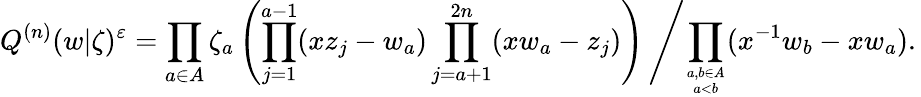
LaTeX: Q^{(n)}(w|\zeta)^{\varepsilon}=\prod_{a\in A}\zeta_{a}\left(\prod_{j=1}^{a-1}(xz_{j}-w_{a})\prod_{j=a+1}^{2n}(xw_{a}-z_{j})\right)\left/\prod_{a,b\in A\atop a<b}(x^{-1}w_{b}-xw_{a}).\right.